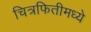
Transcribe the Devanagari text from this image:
चित्रफितीमध्ये